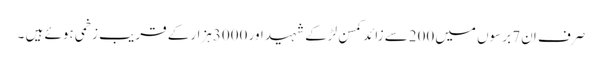
صرف ان7 برسوں میں200سے زائد کمسن لڑکے شہید اور 3000ہزارکے قریب زخمی ہوئے ہیں ۔